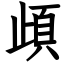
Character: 頉